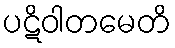
ပဋိဝါတမေတိ